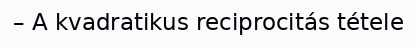
– A kvadratikus reciprocitás tétele